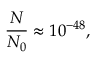
\frac { N } { N _ { 0 } } \approx 1 0 ^ { - 4 8 } ,